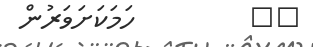
٤٠         ހަމަކަށަވަރުން